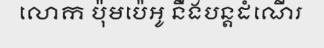
លោក ប៉ុមប៉េអូ នឹងបន្តដំណើរ